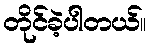
တိုင်ခဲ့ပါတယ်။